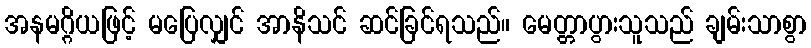
အနမဂ္ဂိယဖြင့် မပြေလျှင် အာနိသင် ဆင်ခြင်ရသည်။ မေတ္တာပွားသူသည် ချမ်းသာစွာ